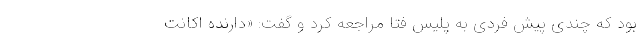
بود که چندی پیش فردی به پلیس فتا مراجعه کرد و گفت: «دارنده اکانت